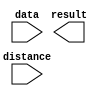
// megafunction wizard: %LPM_CLSHIFT%VBB%
// GENERATION: STANDARD
// VERSION: WM1.0
// MODULE: LPM_CLSHIFT 

// ============================================================
// Megafunction Name(s):
// 			LPM_CLSHIFT
//
// Simulation Library Files(s):
// 			
// ============================================================
// ************************************************************
// THIS IS A WIZARD-GENERATED FILE. DO NOT EDIT THIS FILE!
//
// 13.0.1 Build 232 06/12/2013 SP 1 SJ Web Edition
// ************************************************************

//Copyright (C) 1991-2013 Altera Corporation
//Your use of Altera Corporation's design tools, logic functions 
//and other software and tools, and its AMPP partner logic 
//functions, and any output files from any of the foregoing 
//(including device programming or simulation files), and any 
//associated documentation or information are expressly subject 
//to the terms and conditions of the Altera Program License 
//Subscription Agreement, Altera MegaCore Function License 
//Agreement, or other applicable license agreement, including, 
//without limitation, that your use is for the sole purpose of 
//programming logic devices manufactured by Altera and sold by 
//Altera or its authorized distributors.  Please refer to the 
//applicable agreement for further details.

module SHIFT_5BIT (
	data,
	distance,
	result);

	input	[31:0]  data;
	input	[4:0]  distance;
	output	[31:0]  result;

endmodule

// ============================================================
// CNX file retrieval info
// ============================================================
// Retrieval info: PRIVATE: INTENDED_DEVICE_FAMILY STRING "Cyclone IV GX"
// Retrieval info: PRIVATE: LPM_SHIFTTYPE NUMERIC "0"
// Retrieval info: PRIVATE: LPM_WIDTH NUMERIC "32"
// Retrieval info: PRIVATE: SYNTH_WRAPPER_GEN_POSTFIX STRING "0"
// Retrieval info: PRIVATE: lpm_widthdist NUMERIC "5"
// Retrieval info: PRIVATE: lpm_widthdist_style NUMERIC "0"
// Retrieval info: PRIVATE: new_diagram STRING "1"
// Retrieval info: PRIVATE: port_direction NUMERIC "0"
// Retrieval info: LIBRARY: lpm lpm.lpm_components.all
// Retrieval info: CONSTANT: LPM_SHIFTTYPE STRING "LOGICAL"
// Retrieval info: CONSTANT: LPM_TYPE STRING "LPM_CLSHIFT"
// Retrieval info: CONSTANT: LPM_WIDTH NUMERIC "32"
// Retrieval info: CONSTANT: LPM_WIDTHDIST NUMERIC "5"
// Retrieval info: USED_PORT: data 0 0 32 0 INPUT NODEFVAL "data[31..0]"
// Retrieval info: USED_PORT: distance 0 0 5 0 INPUT NODEFVAL "distance[4..0]"
// Retrieval info: USED_PORT: result 0 0 32 0 OUTPUT NODEFVAL "result[31..0]"
// Retrieval info: CONNECT: @data 0 0 32 0 data 0 0 32 0
// Retrieval info: CONNECT: @direction 0 0 0 0 GND 0 0 0 0
// Retrieval info: CONNECT: @distance 0 0 5 0 distance 0 0 5 0
// Retrieval info: CONNECT: result 0 0 32 0 @result 0 0 32 0
// Retrieval info: GEN_FILE: TYPE_NORMAL SHIFT_5BIT.v TRUE
// Retrieval info: GEN_FILE: TYPE_NORMAL SHIFT_5BIT.inc FALSE
// Retrieval info: GEN_FILE: TYPE_NORMAL SHIFT_5BIT.cmp FALSE
// Retrieval info: GEN_FILE: TYPE_NORMAL SHIFT_5BIT.bsf TRUE FALSE
// Retrieval info: GEN_FILE: TYPE_NORMAL SHIFT_5BIT_inst.v FALSE
// Retrieval info: GEN_FILE: TYPE_NORMAL SHIFT_5BIT_bb.v TRUE